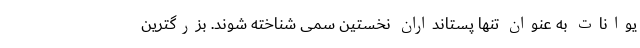
یوانات به عنوان تنها پستانداران نخستین سمی شناخته شوند. بزرگترین